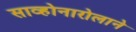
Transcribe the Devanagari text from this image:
साव्होनारोलाने